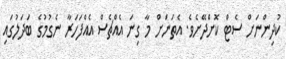
ކުދިންނަށް ސެޓް ކޮށްދޭށެވެ. އެތަނަށް މާ ގިނަ އެއްޗެސް އެއްފަހަރާ ނެގުމުގެ ބަދަލުގައި